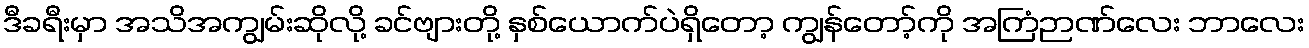
ဒီခရီးမှာ အသိအကျွမ်းဆိုလို့ ခင်ဗျားတို့ နှစ်ယောက်ပဲရှိတော့ ကျွန်တော့်ကို အကြံဉာဏ်လေး ဘာလေး